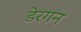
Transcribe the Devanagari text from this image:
डेरगन